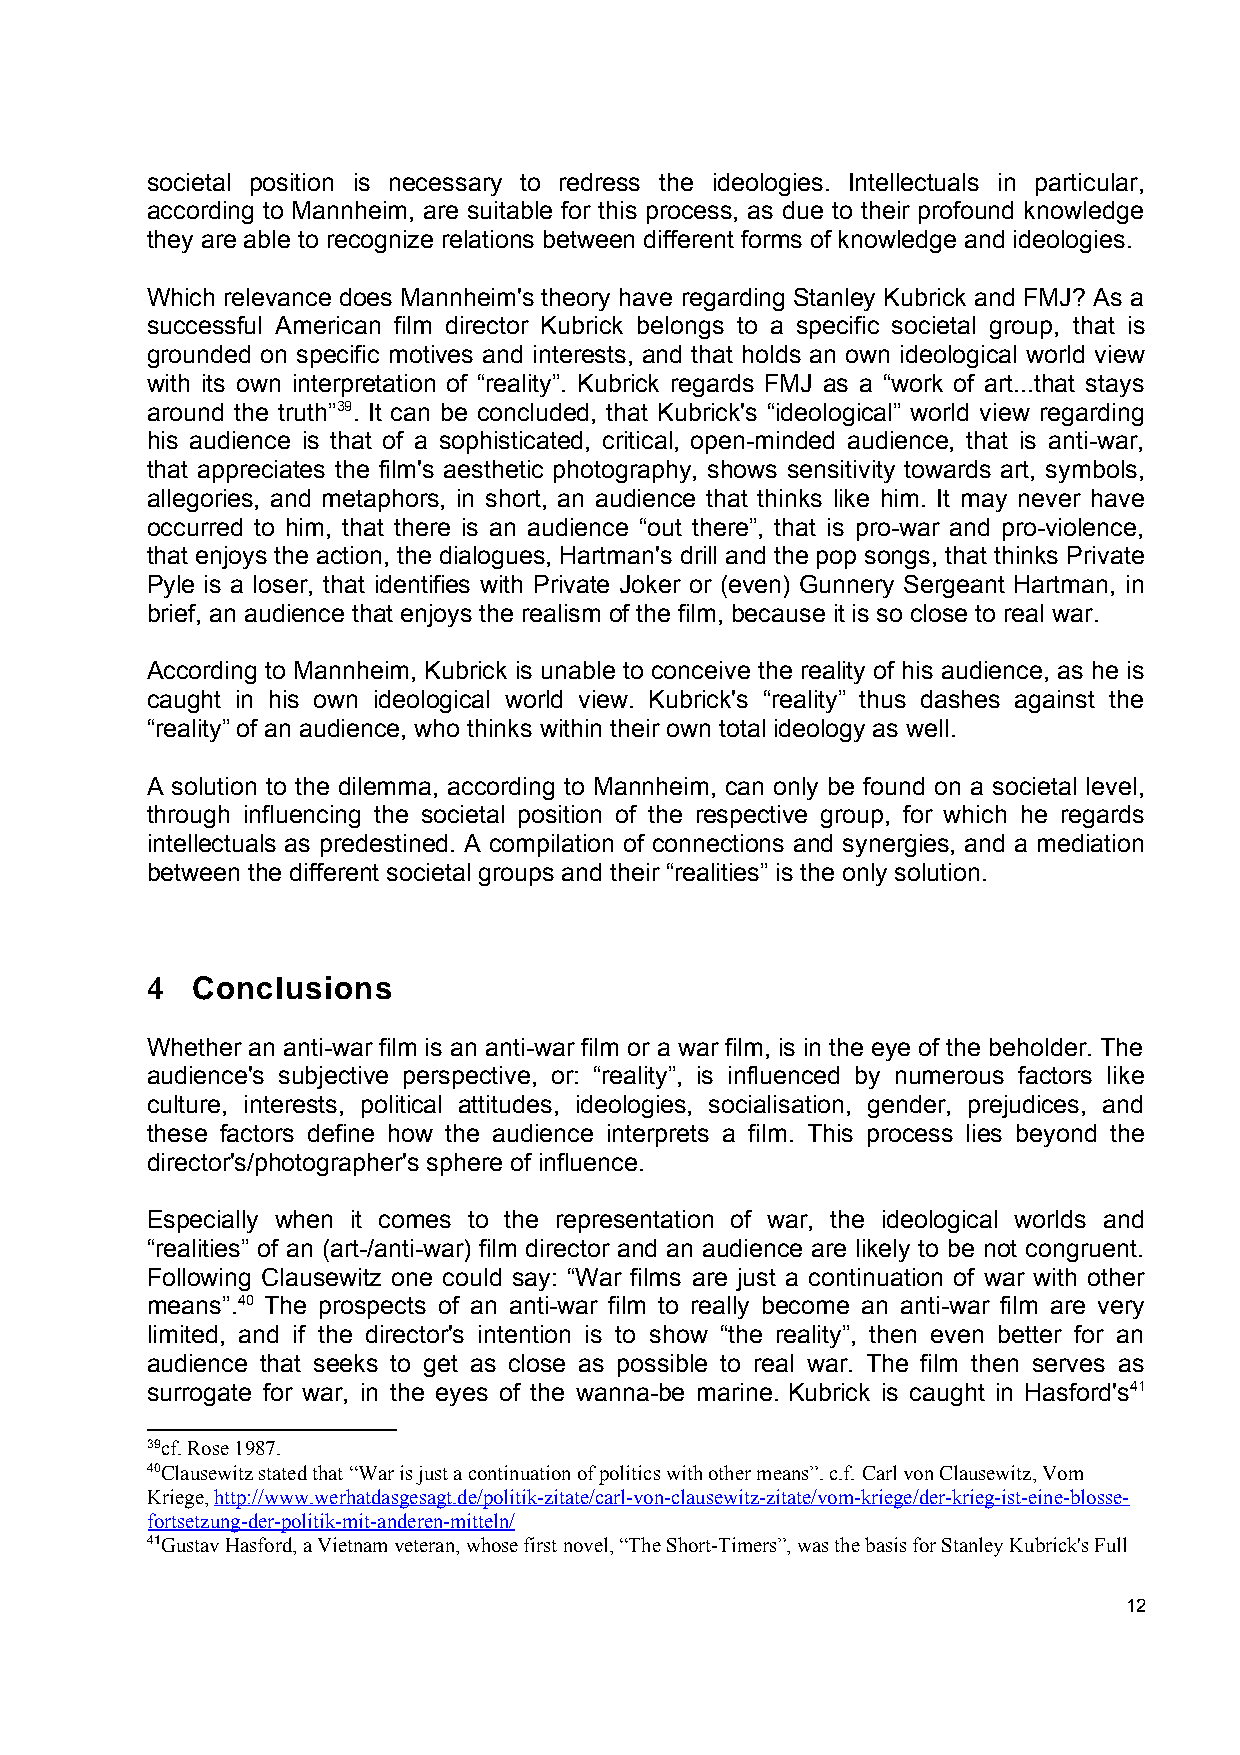
societal position is necessary to redress the ideologies. Intellectuals in particular,
 according to Mannheim, are suitable for this process, as due to their profound knowledge
 they are able to recognize relations between different forms of knowledge and ideologies.
 Which relevance does Mannheim's theory have regarding Stanley Kubrick and FMJ? As a
 successful American film director Kubrick belongs to a specific societal group, that is
 grounded on specific motives and interests, and that holds an own ideological world view
 with its own interpretation of “reality”. Kubrick regards FMJ as a “work of art...that stays
 around the truth”39. It can be concluded, that Kubrick's “ideological” world view regarding
 his audience is that of a sophisticated, critical, open-minded audience, that is anti-war,
 that appreciates the film's aesthetic photography, shows sensitivity towards art, symbols,
 allegories, and metaphors, in short, an audience that thinks like him. It may never have
 occurred to him, that there is an audience “out there”, that is pro-war and pro-violence,
 that enjoys the action, the dialogues, Hartman's drill and the pop songs, that thinks Private
 Pyle is a loser, that identifies with Private Joker or (even) Gunnery Sergeant Hartman, in
 brief, an audience that enjoys the realism of the film, because it is so close to real war.
 According to Mannheim, Kubrick is unable to conceive the reality of his audience, as he is
 caught in his own ideological world view. Kubrick's “reality” thus dashes against the
 “reality” of an audience, who thinks within their own total ideology as well.
 A solution to the dilemma, according to Mannheim, can only be found on a societal level,
 through influencing the societal position of the respective group, for which he regards
 intellectuals as predestined. A compilation of connections and synergies, and a mediation
 between the different societal groups and their “realities” is the only solution.
 4  Conclusions
 Whether an anti-war film is an anti-war film or a war film, is in the eye of the beholder. The
 audience's subjective perspective, or: “reality”, is influenced by numerous factors like
 culture, interests, political attitudes, ideologies, socialisation, gender, prejudices, and
 these factors define how the audience interprets a film. This process lies beyond the
 director's/photographer's sphere of influence.
 Especially when it comes to the representation of war, the ideological worlds and
 “realities” of an (art-/anti-war) film director and an audience are likely to be not congruent.
 Following Clausewitz one could say: “War films are just a continuation of war with other
 means”.40 The prospects of an anti-war film to really become an anti-war film are very
 limited, and if the director's intention is to show “the reality”, then even better for an
 audience that seeks to get as close as possible to real war. The film then serves as
 surrogate for war, in the eyes of the wanna-be marine. Kubrick is caught in Hasford's41
 39cf. Rose 1987.
 40Clausewitz stated that “War is just a continuation of politics with other means”. c.f. Carl von Clausewitz, Vom
 Kriege, http://www.werhatdasgesagt.de/politik-zitate/carl-von-clausewitz-zitate/vom-kriege/der-krieg-ist-eine-blosse-
 fortsetzung-der-politik-mit-anderen-mitteln/
 41Gustav Hasford, a Vietnam veteran, whose first novel, “The Short-Timers”, was the basis for Stanley Kubrick's Full
 12